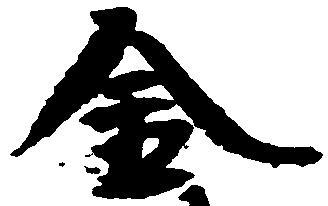
金